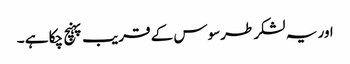
اور یہ لشکر طرسوس کے قریب پہنچ چکا ہے ۔